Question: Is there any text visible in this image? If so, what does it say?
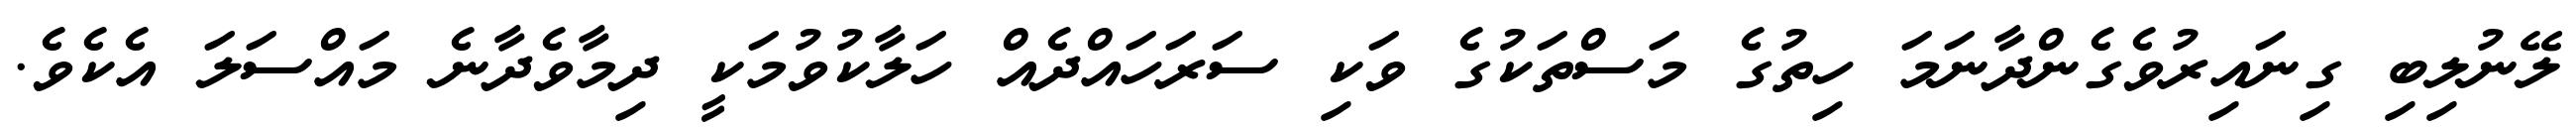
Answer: ލޭނުލިބި ގިނައިރުވެގެންދާނަމަ ހިތުގެ މަސްތަކުގެ ވަކި ސަރަހައްދެއް ހަލާކުވުމަކީ ދިމާވެދާނެ މައްސަލަ އެކެވެ.